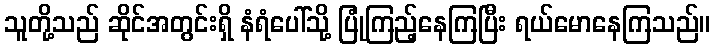
သူတို့သည် ဆိုင်အတွင်းရှိ နံရံပေါ်သို့ ပြုံကြည့်နေကြပြီး ရယ်မောနေကြသည်။